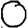
Digit: 0